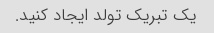
یک تبریک تولد ایجاد کنید.